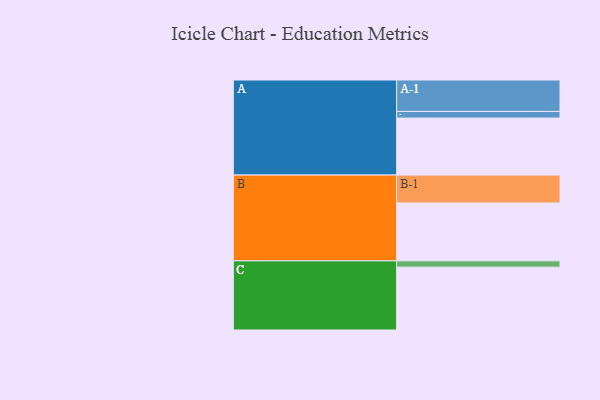
{"axis": {"x": "Segment", "y": "Value"}, "legend": ["", "A", "B", "C"], "data": [{"x": "A", "y": 515, "type": ""}, {"x": "B", "y": 523, "type": ""}, {"x": "C", "y": 568, "type": ""}, {"x": "A-1", "y": 284, "type": "A"}, {"x": "A-2", "y": 60, "type": "A"}, {"x": "B-1", "y": 252, "type": "B"}, {"x": "C-1", "y": 57, "type": "C"}]}